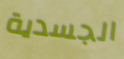
الجسدية